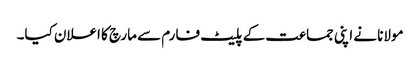
مولانا نے اپنی جماعت کے پلیٹ فارم سے مارچ کا اعلان کیا۔